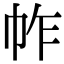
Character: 𢂃